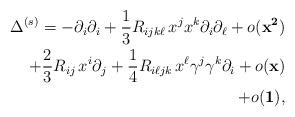
LaTeX: \begin{align*}\begin{aligned}\Delta ^{(s)} = -\partial _{i}\partial _{i} + \frac{1}{3} R_{ijk\ell}\, x^{j}x^{k} \partial _{i} \partial _{\ell }+ o(\mathbf{x^{2})}\\+ \frac{2}{3}R_{ij}\, x^{i}\partial _{j} + \frac{1}{4}R_{i\ell jk}\, x^{\ell }\gamma ^{j} \gamma ^{k}\partial _{i} + o(\mathbf{x)}\\+ o(\mathbf{1)},\end{aligned}\end{align*}